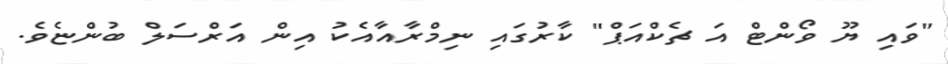
"ވައި ޔޫ ވޯންޓް އަ ޗެކްއަޕް" ކާރުގައި ނިމްރާއާއެކު އިން އަރްސަލް ބުންޏެވެ.